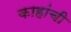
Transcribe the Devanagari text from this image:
काहांची